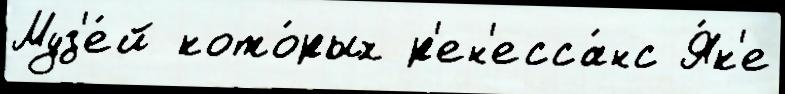
Муз'е́й кото́рых р'ен'есса́нс Я́к'е